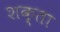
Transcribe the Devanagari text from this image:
शक्ता